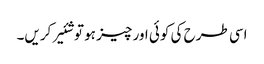
اسی طرح کی کوئی اور چیز ہو تو شئیر کریں۔